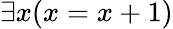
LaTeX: \exists x(x=x+1)